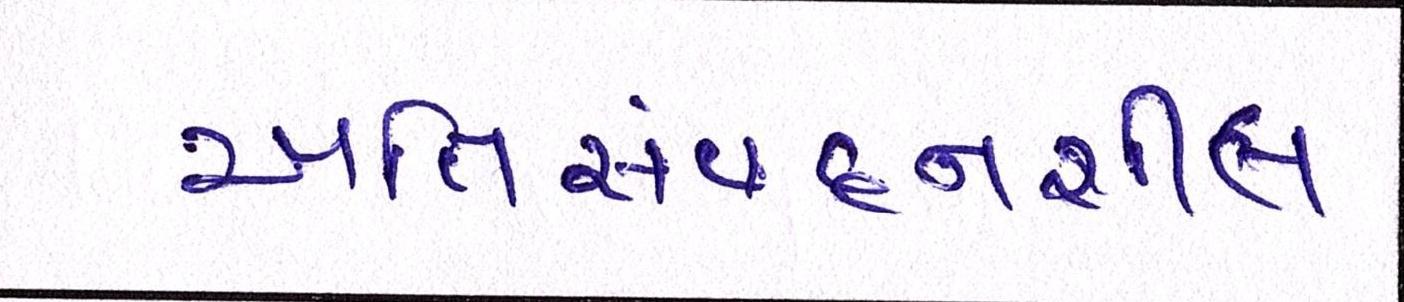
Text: અતિસંવદનશીલ